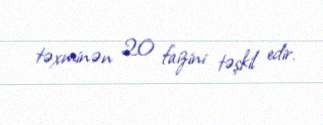
təxminən 20 faizini təşkil edir.